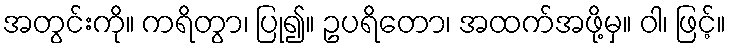
အတွင်းကို။ ကရိတွာ၊ ပြု၍။ ဥပရိတော၊ အထက်အဖို့မှ။ ဝါ၊ ဖြင့်။